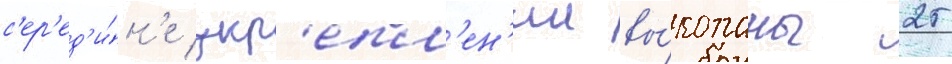
с'ер'ед'и́н'е укр'епл'ен'ии вы́копаны 25